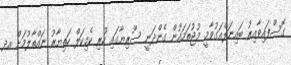
ގޮސްފައިވާއިރު ބައިނަލްއަގުވާމީ މުޖުތަމައުން ގެންދަނީ ސޫރިޔާގައި ހުރި ކެމިކަލް ހަތިޔާރު ނައްތާލުމަށް އދ